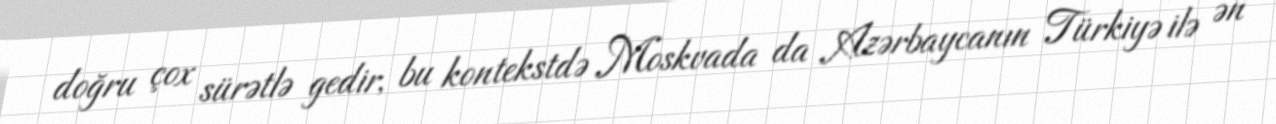
doğru çox sürətlə gedir, bu kontekstdə Moskvada da Azərbaycanın Türkiyə ilə ən